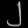
Digit: ၂